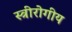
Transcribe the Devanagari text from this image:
स्त्रीरोगीय